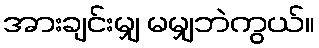
အားချင်းမျှ မမျှဘဲကွယ်။